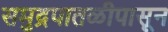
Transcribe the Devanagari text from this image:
समुद्रपातळीपासून